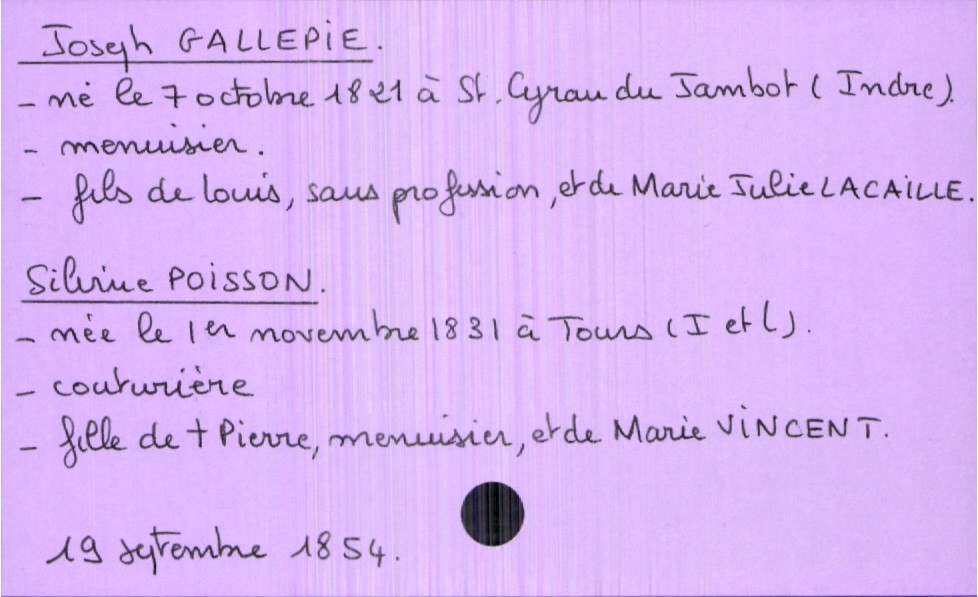
type_acte: Mariage
année: 1854
mois: septembre
jour: 19
marié_nom: Gallepie
marié_prénom: Joseph
marié_profession: menuisier
marié_date_de_naissance: 7 octobre 1821
marié_lieu_de_naissance: Saint Cyran du Jambot (Indre)
père_marié_nom: Gallepie
père_marié_prénom: Louis
père_marié_profession: sans profession
mère_marié_nom: Lacaille
mère_marié_prénom: Marie Julie
mariée_nom: Poisson
mariée_prénom: Silvine
mariée_profession: couturière
mariée_date_de_naissance: 1er novembre 1831
mariée_lieu_de_naissance: Tours (Indre et Loire)
père_mariée_nom: Poisson
père_mariée_prénom: Pierre
père_mariée_profession: menuisier
père_mariée_statut: décédé
mère_mariée_nom: Vincent
mère_mariée_prénom: Marie